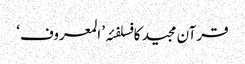
قرآن مجید کا فسلفئہ ’المعروف‘